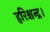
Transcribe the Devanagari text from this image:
हरिश्चन्द्र।